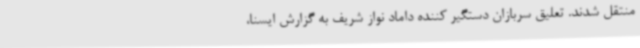
منتقل شدند. تعلیق سربازان دستگیر کننده داماد نواز شریف به گزارش ایسنا،